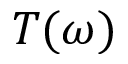
T ( \omega )